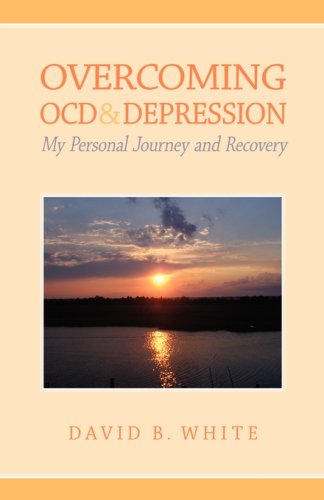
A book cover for Overcoming OCD & Depression: My Personal Journey and Recovery; David B. White; Health, Fitness & Dieting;